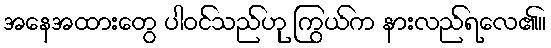
အနေအထားတွေ ပါဝင်သည်ဟု ကြွယ်က နားလည်ရလေ၏။